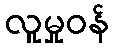
လူမှုဝန်